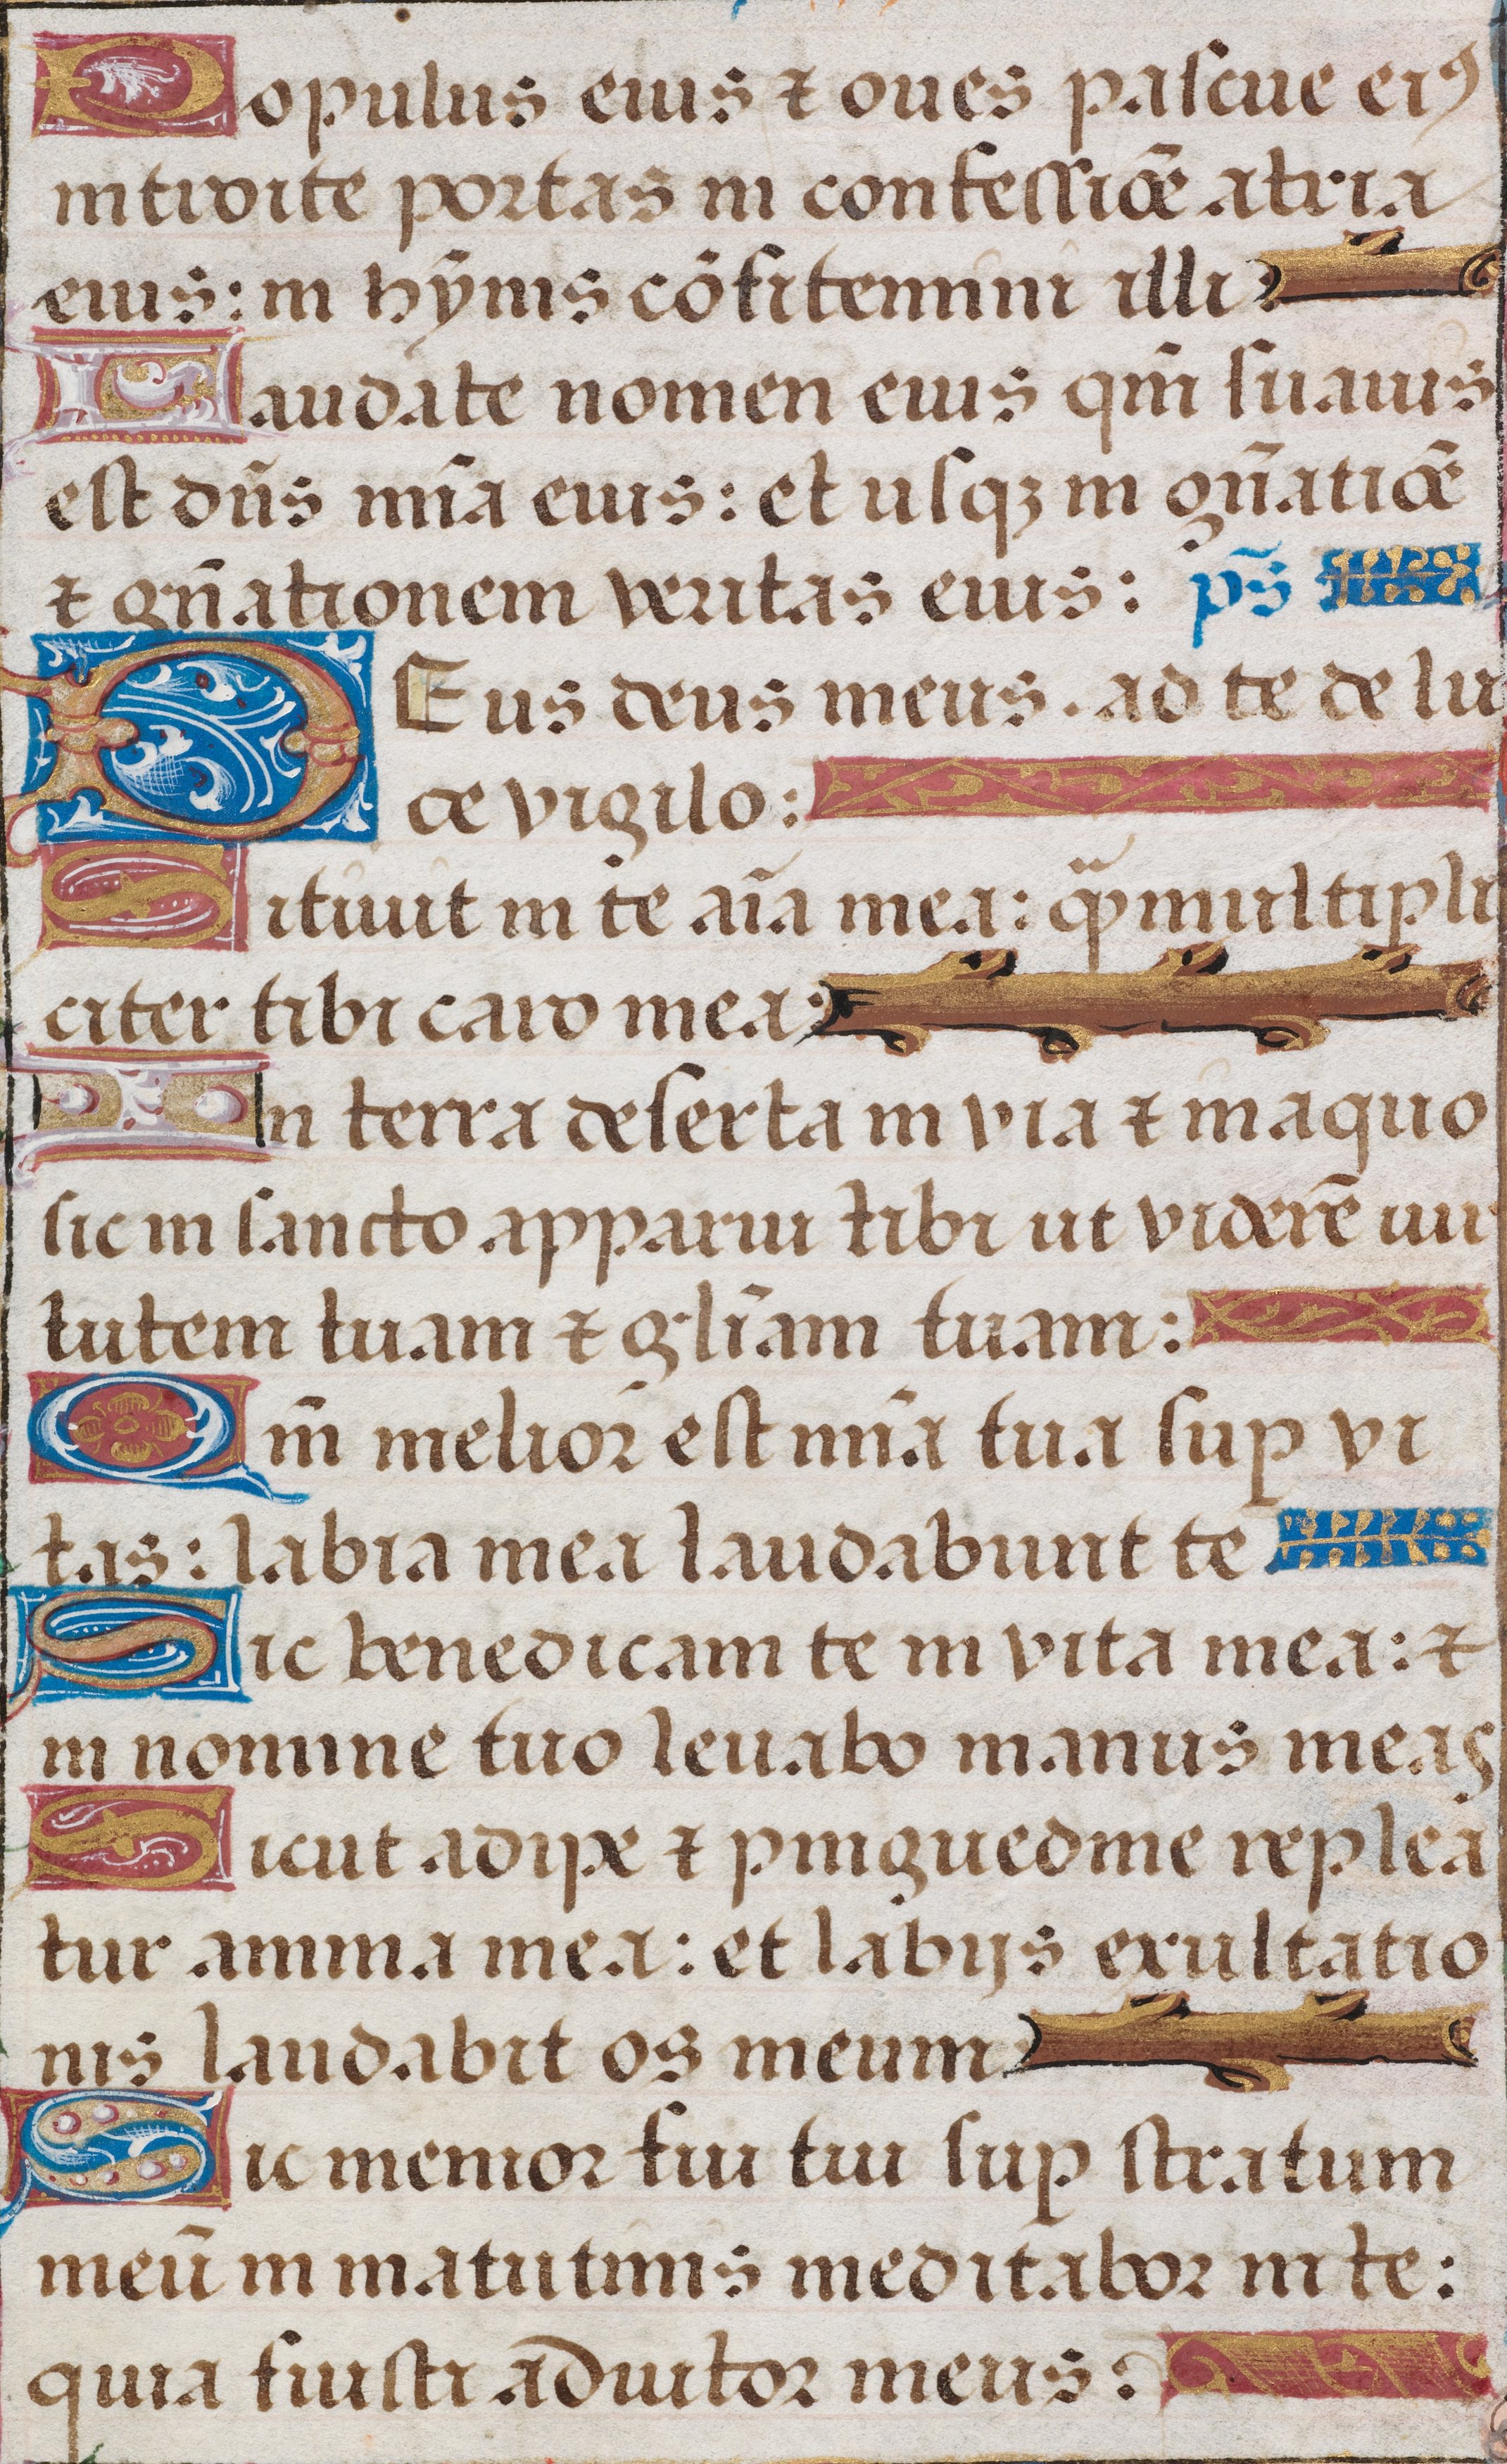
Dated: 1475–1505